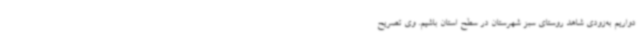
دواریم به‌زودی شاهد روستای سبز شهرستان در سطح استان باشیم. وی تصریح